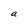
Character: a